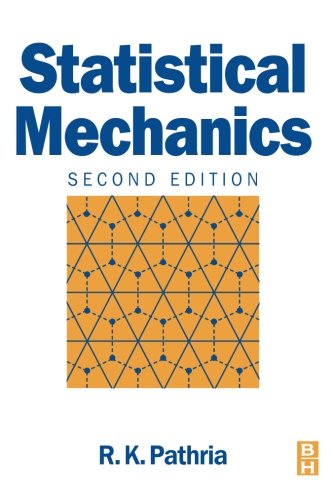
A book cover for Statistical Mechanics, Second Edition; R K Pathria; Science & Math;